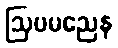
ဩပမညေန